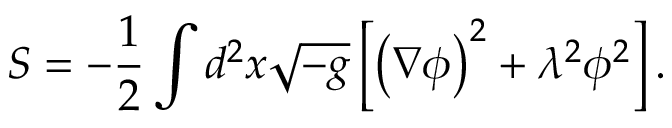
S = - { \frac { 1 } { 2 } } \int d ^ { 2 } x \sqrt { - g } \left[ \left( \nabla \phi \right) ^ { 2 } + \lambda ^ { 2 } \phi ^ { 2 } \right] .